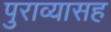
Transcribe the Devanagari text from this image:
पुराव्यासह